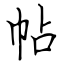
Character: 帖